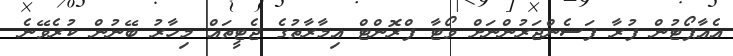
އެއާޕޯޓުން ފުރާ ފަސެންޖަރުންނަަށް ވޯޓާ ފްރޮންޓް އިމާރާތުގެ ޖެޓީތައް މިހާރު ބޭނުން ކުރެވޭނެ